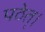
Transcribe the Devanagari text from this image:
पठेत्‌।